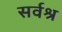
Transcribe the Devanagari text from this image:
सर्वश्र